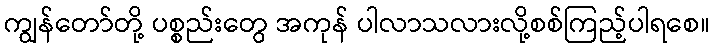
ကျွန်တော်တို့ ပစ္စည်းတွေ အကုန် ပါလာသလားလို့စစ်ကြည့်ပါရစေ။